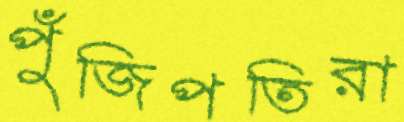
পুঁজিপতিরা